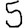
Digit: 5